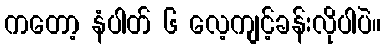
ကတော့ နံပါတ် ၆ လေ့ကျင့်ခန်းလိုပါပဲ။